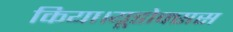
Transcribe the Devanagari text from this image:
किया।यूडोक्‍सस